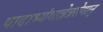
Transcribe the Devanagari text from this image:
पादाभ्यंगान्नेत्ररोगान्